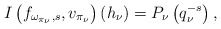
\begin{align*}I\left(f_{\omega_{\pi_\nu},s},v_{\pi_{\nu}}\right)(h_\nu)=P_\nu\left(q_\nu^{-s}\right),\end{align*}